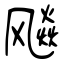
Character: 飚